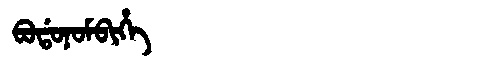
Manchu: ᠪᠣᡩᠣᠨᠣᠮᠪᡳᡥᡝ
Romanization: BODONOMBIHE